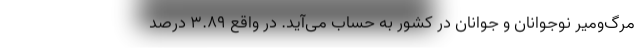
مرگ‌ومیر نوجوانان و جوانان در کشور به حساب می‌آید. در واقع ۳.۸۹ درصد